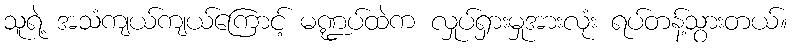
သူရဲ့ အသံကျယ်ကျယ်ကြောင့် မဏ္ဍပ်ထဲက လှုပ်ရှားမှုအားလုံး ရပ်တန့်သွားတယ်။